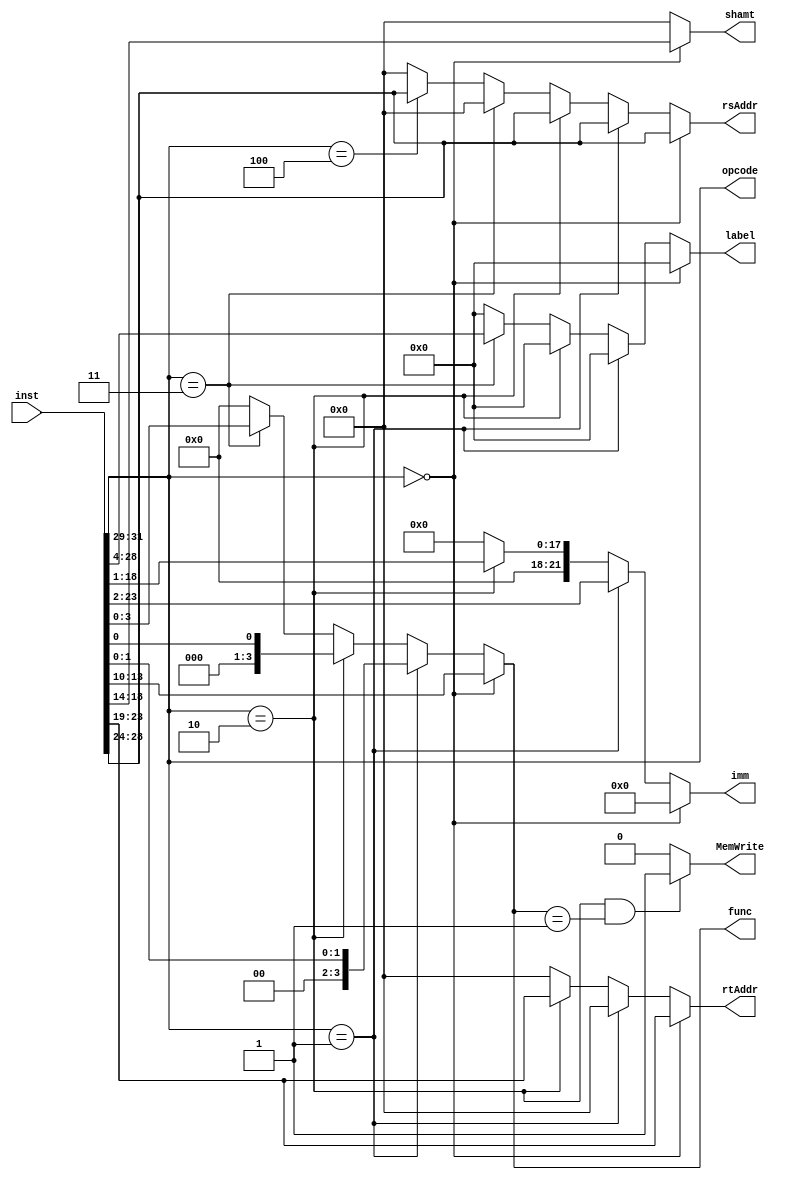
`timescale 1ns / 1ps

//Instruction Decoder
//16CS10058 Lovish Chopra
//16CS10057 Himanshu Mundhra

module InstDecode(   //Instruction is input and opcode,fcode,rs,rt,shamt,label,imm as output
    input [31:0] inst,
    output reg [2:0] opcode,
    output reg [4:0] rsAddr,
    output reg [4:0] rtAddr,
    output reg [4:0] shamt,
    output reg [3:0] func,
    output reg [21:0] imm,
    output reg [24:0] label,
	 output reg MemWrite
    );

always @(*)
	begin
	opcode=inst[31:29];       //Opcode is always the first 3 bits
	
	if(opcode==3'b000)        //Arithmetic and Shift Operations
		begin
		rsAddr<=inst[28:24];
		rtAddr<=inst[23:19];
		shamt<=inst[18:14];
		func<=inst[13:10];
		imm<=22'b0;
		label<=25'b0;
		end
	else if(opcode==3'b001)   //Immediate Operations
		begin
		rsAddr<=inst[28:24];
		rtAddr<=5'b0;
		shamt<=5'b0;
		func<={2'b0,inst[1:0]};
		imm<=inst[23:2];
		label<=25'b0;
		end
	else if(opcode==3'b010)   //Load Store Operations
		begin
		rsAddr<=inst[28:24];
		rtAddr<=inst[23:19];
		shamt<=5'b0;
		func<={3'b0,inst[0]};
		imm<={5'b0,inst[18:1]};
		label<=25'b0;
		end
	else if(opcode==3'b011)    //Branch/Jump Operations  
		begin
		rsAddr<=5'b0;
		rtAddr<=5'b0;
		shamt<=5'b0;
		func<=inst[3:0];
		imm<=22'b0;
		label<=inst[28:4];
		end
	else if(opcode==3'b100)    //br $rs jump operation
		begin
		rsAddr<=inst[28:24];
		rtAddr<=5'b0;
		shamt<=5'b0;
		func<=4'b0;
		imm<=22'b0;
		label<=25'b0;
		end
	else                 //invalid instruction/empty instruction: make everything 0
		begin
		rsAddr<=5'b0;
		rtAddr<=5'b0;
		shamt<=5'b0;
		func<=4'b0;
		imm<=22'b0;
		label<=25'b0;
		end
	end

always @(*)                 //Assign MemWrite
	begin
		if(opcode==3'd2 & func==4'd1)   //only in case of store word make it 1
			begin
			MemWrite<=1;
			end
		else
			MemWrite<=0;
	end
endmodule